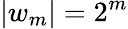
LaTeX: |w_{m}|=2^{m}